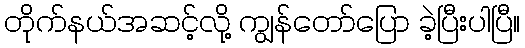
တိုက်နယ်အဆင့်လို့ ကျွန်တော်ပြော ခဲ့ပြီးပါပြီ။